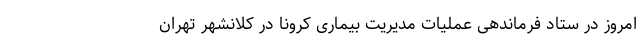
امروز در ستاد فرماندهی عملیات مدیریت بیماری کرونا در کلانشهر تهران